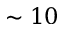
\sim 1 0